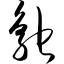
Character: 鸵